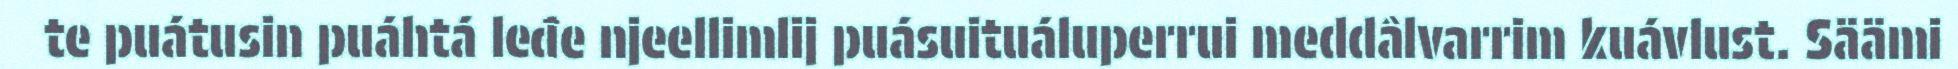
te puátusin puáhtá leđe njeellimlij puásuituáluperrui meddâlvarrim kuávlust. Säämi